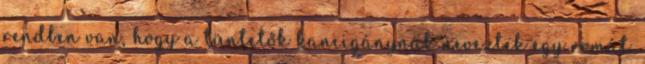
rendben van, hogy a tüntetők kancigánynak neveztek egy romát.